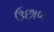
ઉછાળ